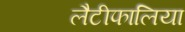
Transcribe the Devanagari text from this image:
लैटीफालिया